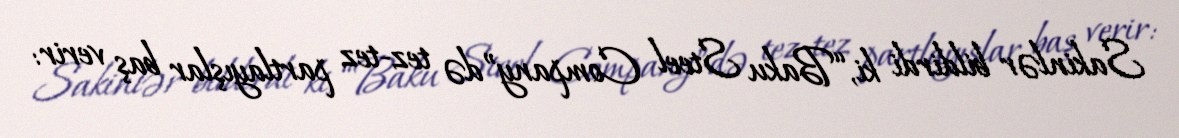
Sakinlər bildirdi ki, “Baku Steel Company”də tez-tez partlayışlar baş verir: